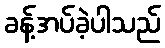
ခန့်အပ်ခဲ့ပါသည်